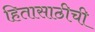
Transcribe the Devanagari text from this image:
हितासाठीची